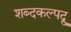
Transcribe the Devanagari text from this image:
शब्दकल्पद्रु